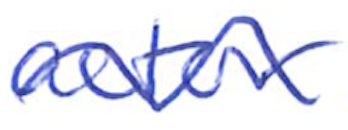
Text: actor
Cross-out: wave
Writing tool: ballpoint